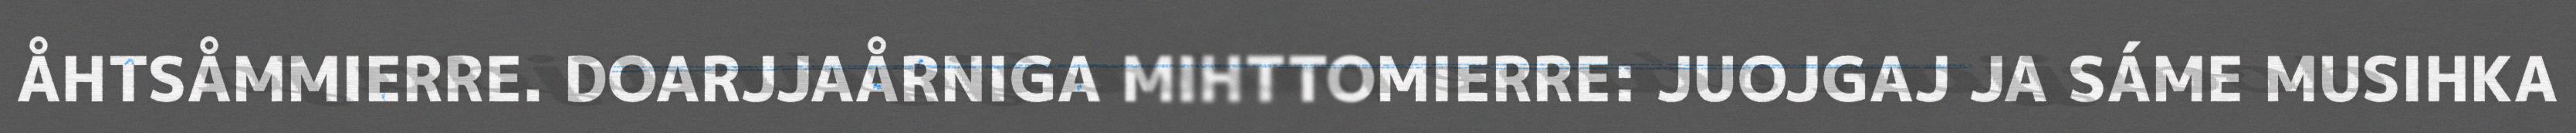
ÅHTSÅMMIERRE. DOARJJAÅRNIGA MIHTTOMIERRE: JUOJGAJ JA SÁME MUSIHKA